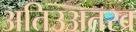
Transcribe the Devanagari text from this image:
अतिउअतरव्र